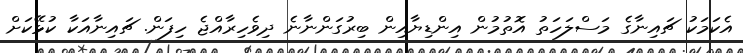
އެކަމަކު ޗައިނާގެ މަސްލަހަތު އޮތުމުން އިންޑިޔާއިން ބިރުގަންނާނެ ދިވެހިރާއްޖެ ހިފަން. ޗައިނާއަކާ ކުޅޭކަށް